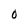
Character: 0